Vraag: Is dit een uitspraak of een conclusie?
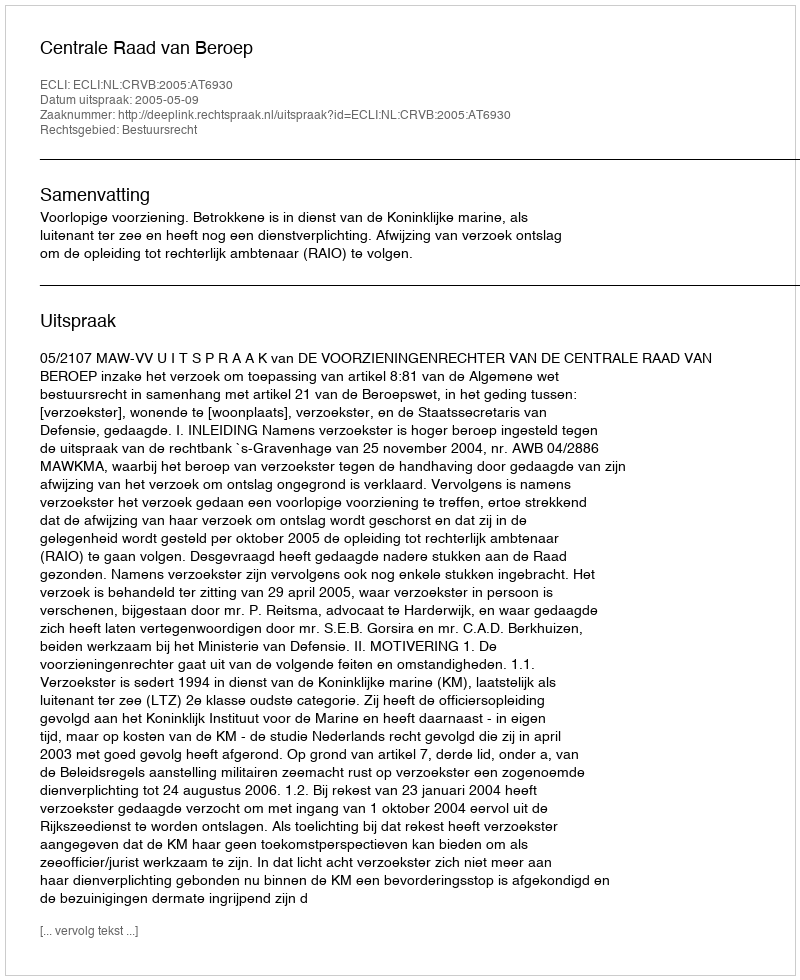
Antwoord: Uitspraak